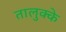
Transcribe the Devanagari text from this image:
तालुक्के